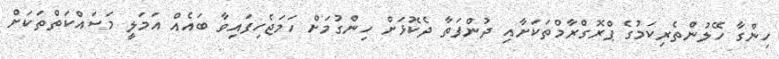
ހިންގާ ހޭލުންތެރިކަމުގެ ޕްރޮގްރާމްތަކަށާއި ދުންފަތާ ދެކޮޅަށް ހިންގުމަށް ހަމަޖެހިފައިވާ ބައެއް އަމަލީ މަސައްކަތްތަކަށް